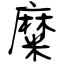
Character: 糜